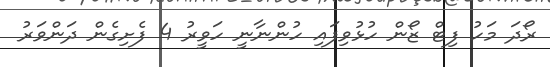
ރޯދަ މަހު ފިޓް ޒޯން ހުޅުވިފައި ހުންނާނީ ހަވީރު 4 ފެށިގެން ދަންވަރު